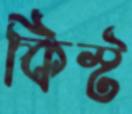
কিস্ট